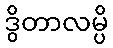
ဒွိတာလမ္ပိ